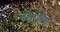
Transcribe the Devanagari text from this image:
बोटीचा